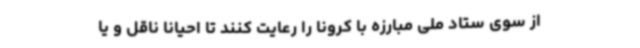
از سوی ستاد ملی مبارزه با کرونا را رعایت کنند تا احیانا ناقل و یا